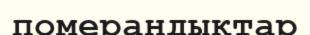
померандықтар